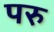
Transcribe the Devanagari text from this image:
परु